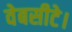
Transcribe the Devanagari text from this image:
वेबसीटे।